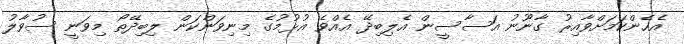
އެހެންކަމަށްވާއިރު ގާނޫނު އަސާސީން އެލިބިދޭ އެއްވެ އުޅުމުގެ މިނިވަންކަން ލިބިދޭތޯ މިވަނީ ސުވާލު